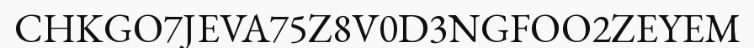
CHKGO7JEVA75Z8V0D3NGFOO2ZEYEM